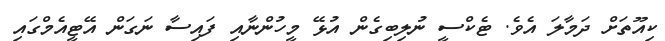
ކިއޫތަށް ދަމާލަ އެވެ. ޓެކްސީ ނުލިބިގެން އުޅޭ މީހުންނާއި ފައިސާ ނަގަން އޭޓީއެމްގައި